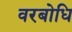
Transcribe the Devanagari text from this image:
वरबोधि